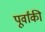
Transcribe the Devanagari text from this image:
पूर्वांकी